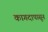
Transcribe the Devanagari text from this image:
कागदापासून